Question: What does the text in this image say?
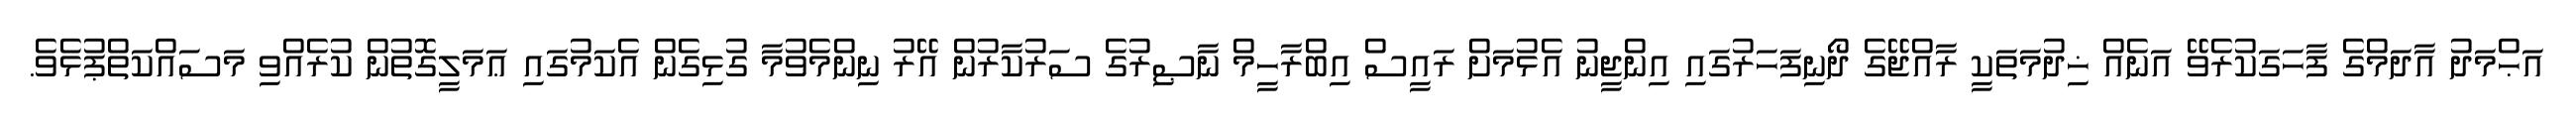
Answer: އަޙްމަދު އާދަމްގެ ފާހަގަކުރެވޭ އަނެއް ޚިދުމަތަކީ ރާއްޖޭގެ ދޯނިފަހަރުގައި އިންޖީނު އެޅުމަށް ރައީސް އިބްރާހީމް ނާޞިރުގެ ސަރުކާރުން އޭރު ނިންމެވުމާ ގުޅިގެން އެކަމުގައި ޢަމަލީގޮތުން ކުރެއްވި މަސައްކަތްޕުޅެވެ.